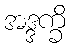
အဒ္ဒက္ခိ